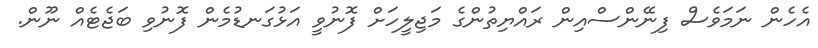
އެހެން ނަމަވެސް ފިނޭންސްއިން ރައްޔިތުންގެ މަޖިލީހަށް ފޮނުވީ އަޅުގަނޑުމެން ފޮނުވި ބަޖެޓެއް ނޫން.